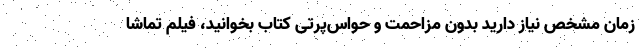
زمان مشخص نیاز دارید بدون مزاحمت و حواس‌پرتی کتاب بخوانید، فیلم تماشا